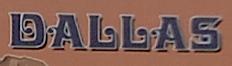
dallas